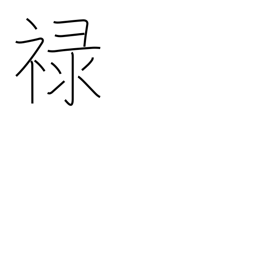
Meaning: fief